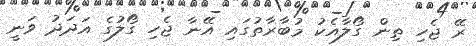
ރޭ ޖެހި ތިން ގޯލާއެކު މުބާރާތުގައި އޭނާ ޖެހި ގޯލުގެ އަދަދު ވަނީ